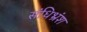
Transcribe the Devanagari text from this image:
संधिभ्रंश